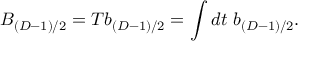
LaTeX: B _ { ( D - 1 ) / 2 } = T b _ { ( D - 1 ) / 2 } = \int d t ~ b _ { ( D - 1 ) / 2 } .